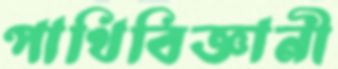
পাখিবিজ্ঞানী